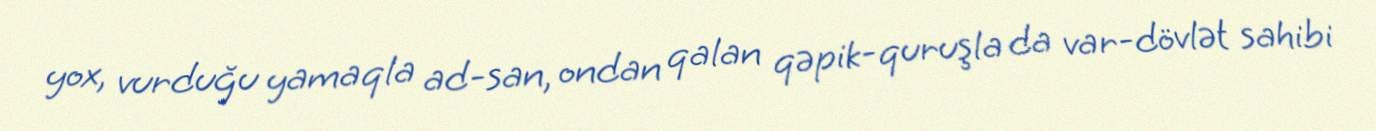
yox, vurduğu yamaqla ad-san, ondan qalan qəpik-quruşla da var-dövlət sahibi